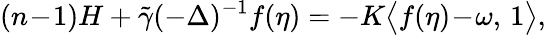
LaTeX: (n\! -\! 1)H+\tilde{\gamma}(-\Delta)^{-1}f(\eta)=-K\big\langle f(\eta)\! -\! \omega,\, 1\big\rangle,